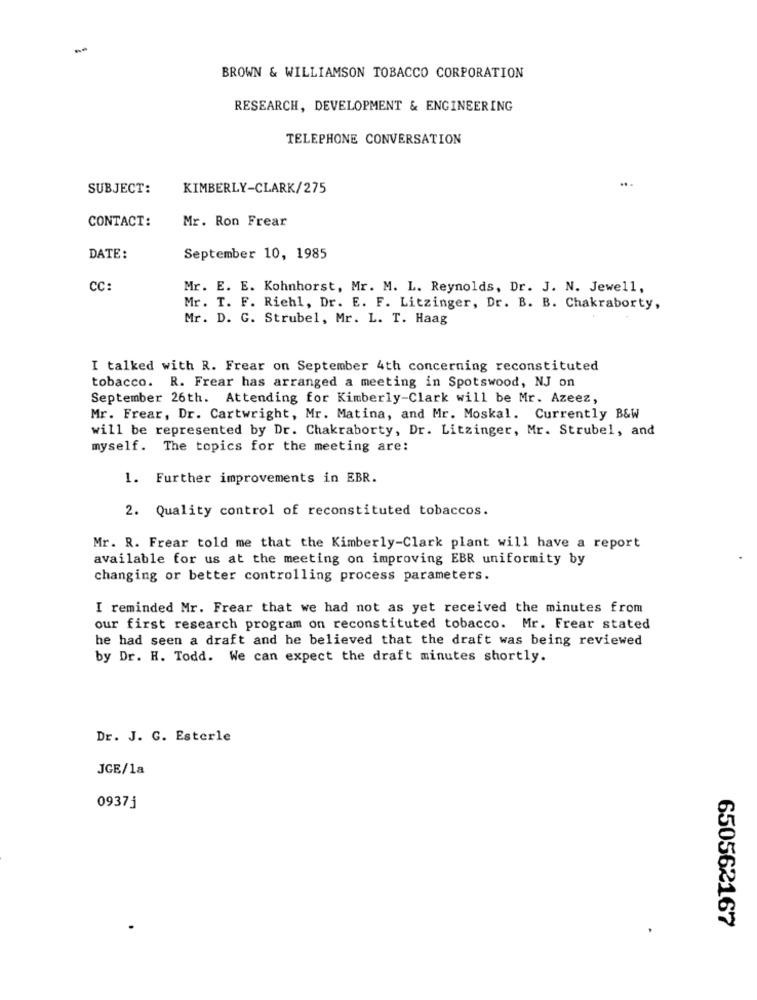
BROWN & WILLIAMSON TOBACCO CORPORATION
RESEARCH, DEVELOPMENT & ENGINEERING
TELEPHONE CONVERSATION
SUBJECT:
KIMBERLY-CLARK/275
Mr. Ron Frear
CONTACT:
DATE:
September 10, 1985
CC:
Mr. E. E. Kohnhorst, Mr. M. L. Reynolds, Dr. J. N. Jewell,
Mr. T. F. Riehl, Dr. E. F. Litzinger, Dr. B. B. Chakraborty,
Mr. D. G. Strubel, Mr. L. T. Haag
I talked with R. Frear on September 4th concerning reconstituted
tobacco. R. Frear has arranged a meeting in Spotswood, NJ on
September 26th. Attending for Kimberly-Clark will be Mr. Azeez,
Mr. Frear, Dr. Cartwright, Mr. Matina, and Mr. Moskal. Currently B&W
will be represented by Dr. Chakraborty, Dr. Litzinger, Mr. Strubel, and
myself. The topics for the meeting are:
1. Further improvements in EBR.
2. Quality control of reconstituted tobaccos.
Mr. R. Frear told me that the Kimberly-Clark plant will have a report
available for us at the meeting on improving EBR uniformity by
changing or better controlling process parameters.
I reminded Mr. Frear that we had not as yet received the minutes from
our first research program on reconstituted tobacco. Mr. Frear stated
he had seen a draft and he believed that the draft was being reviewed
by Dr. H. Todd. We can expect the draft minutes shortly.
Dr. J. G. Esterle
JGE/1a
09375
650562167